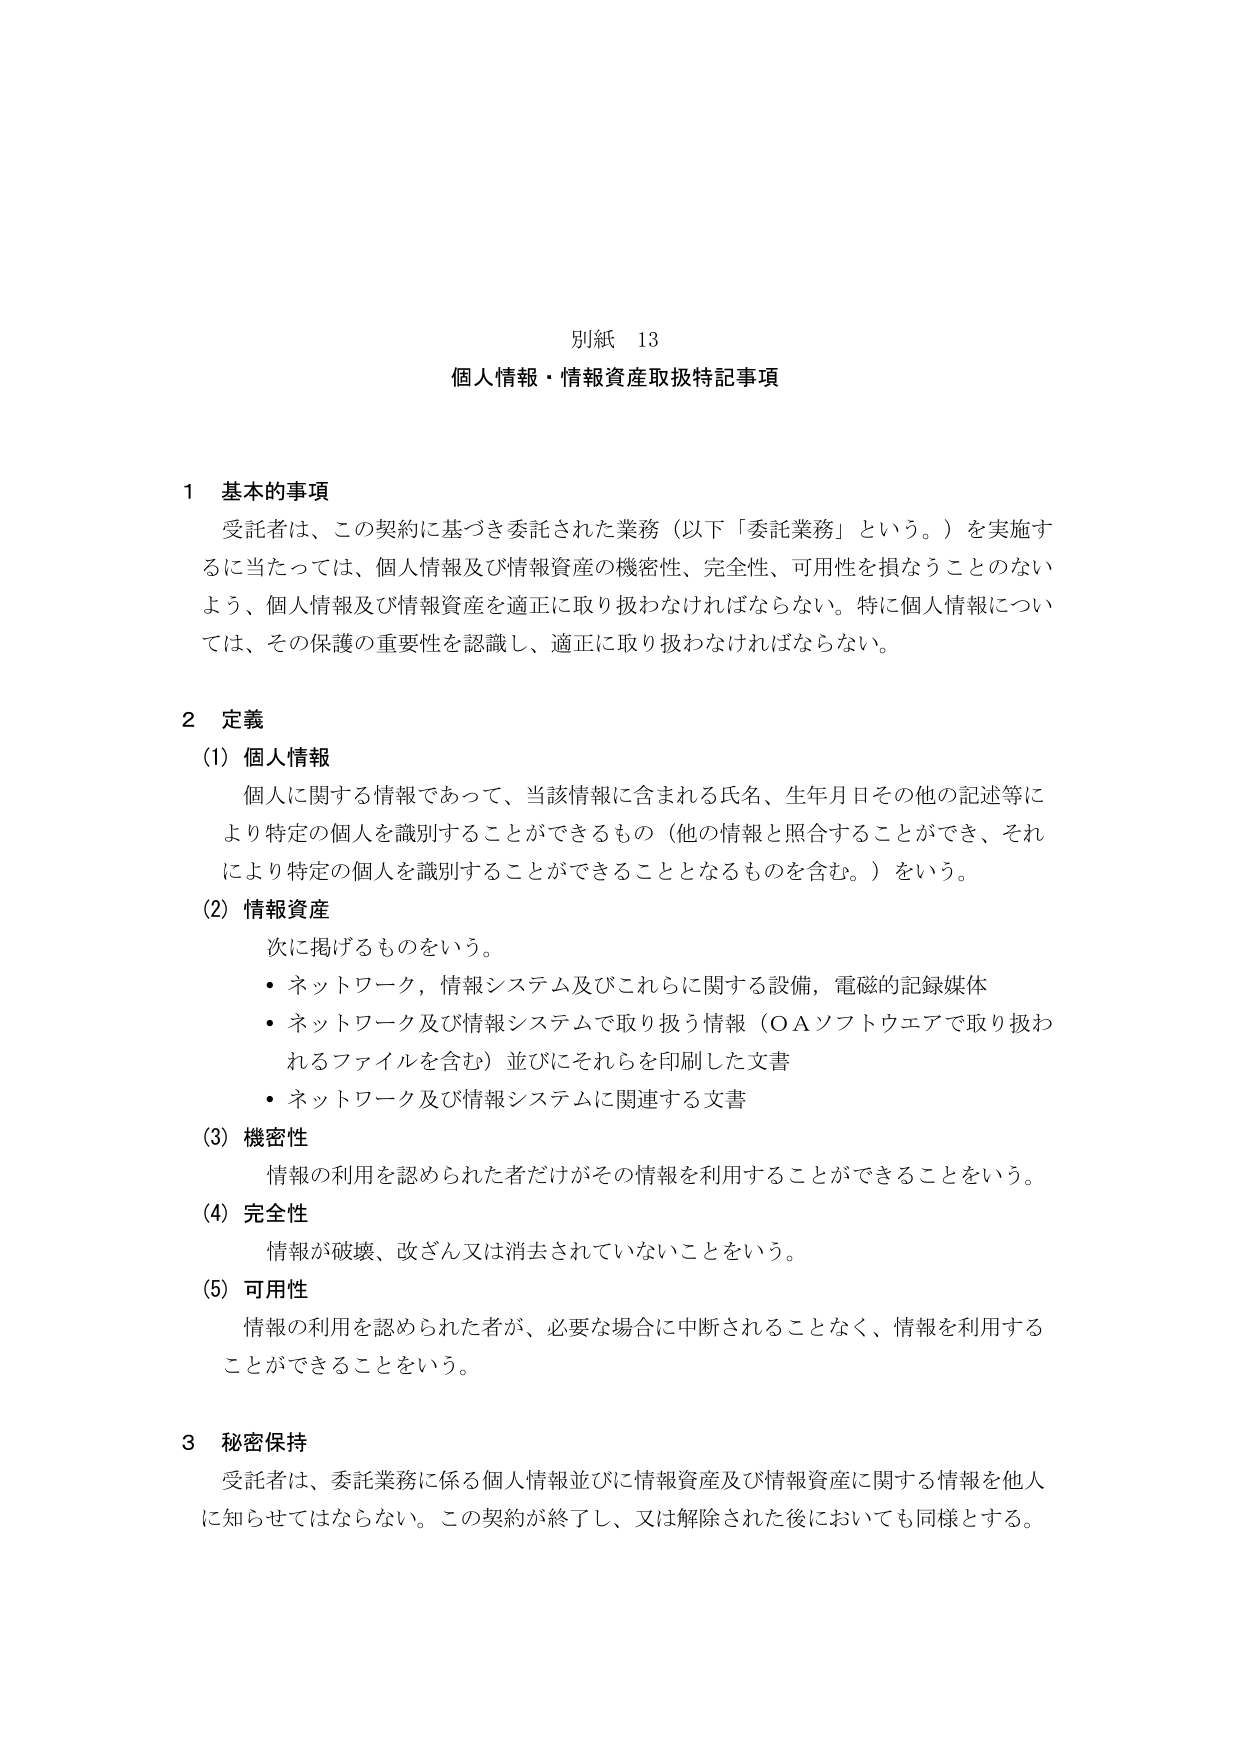
別紙 13
個人情報・情報資産取扱特記事項

1 基本的事項
受託者は、この契約に基づき委託された業務（以下「委託業務」という。）を実施するに当たっては、個人情報及び情報資産の機密性、完全性、可用性を損なうことのないよう、個人情報及び情報資産を適正に取り扱わなければならない。特に個人情報については、その保護の重要性を認識し、適正に取り扱わなければならない。

2 定義
(1) 個人情報
個人に関する情報であって、当該情報に含まれる氏名、生年月日その他の記述等により特定の個人を識別することができるもの（他の情報と照合することができ、それにより特定の個人を識別することができることとなるものを含む。）をいう。

(2) 情報資産
次に掲げるものをいう。
・ネットワーク、情報システム及びこれらに関する設備、電磁的記録媒体
・ネットワーク及び情報システムで取り扱う情報（ＯＡソフトウェアで取り扱われるファイルを含む）並びにそれらを印刷した文書
・ネットワーク及び情報システムに関連する文書

(3) 機密性
情報の利用を認められた者だけがその情報を利用することができることをいう。

(4) 完全性
情報が破壊、改ざん又は消去されていないことをいう。

(5) 可用性
情報の利用を認められた者が、必要な場合に中断されることなく、情報を利用することができることをいう。

3 秘密保持
受託者は、委託業務に係る個人情報並びに情報資産及び情報資産に関する情報を他人に知らせてはならない。この契約が終了し、又は解除された後においても同様とする。